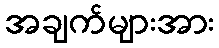
အချက်များအား